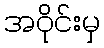
အဝိုင်းမှ